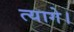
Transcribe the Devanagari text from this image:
त्यागे।